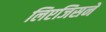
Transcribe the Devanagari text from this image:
लिएजिसने